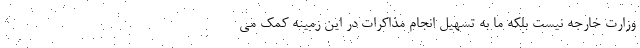
وزارت خارجه نیست بلکه ما به تسهیل انجام مذاکرات در این زمینه کمک می